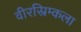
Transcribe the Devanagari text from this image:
वीरस्रिम्कला